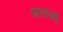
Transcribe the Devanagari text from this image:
अनांसी